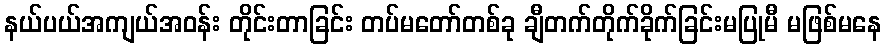
နယ်ပယ်အကျယ်အဝန်း တိုင်းတာခြင်း တပ်မတော်တစ်ခု ချီတက်တိုက်ခိုက်ခြင်းမပြုမီ မဖြစ်မနေ